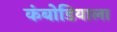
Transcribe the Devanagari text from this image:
कंबोडियाला